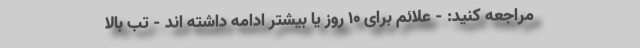
مراجعه کنید: - علائم برای 10 روز یا بیشتر ادامه داشته اند - تب بالا